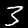
Digit: 3